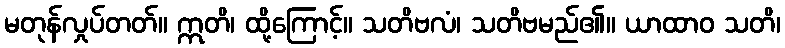
မတုန်လှုပ်တတ်။ ဣတိ၊ ထို့ကြောင့်။ သတိဗလံ၊ သတိဗမည်၏။ ယာထာဝ သတိ၊